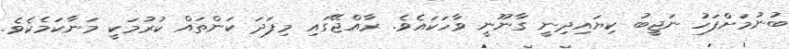
ބުނުމަށްފަހު ނަޖީބު ކިޔައިދިނީ ގާނޫނީ ވާހަކައެވެ. ރާއްޖޭގައި މިފަދަ ކަންތައް ކުރުމަކީ މަނާކަމެކެވެ.